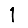
Digit: 1